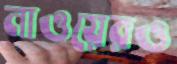
নাওয়েরও